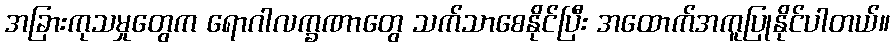
အခြားကုသမှုတွေက ရောဂါလက္ခဏာတွေ သက်သာစေနိုင်ပြီး အထောက်အကူပြုနိုင်ပါတယ်။